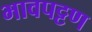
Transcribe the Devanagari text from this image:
भावपट्टण